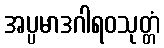
အပ္ပမာဒဂါရဝသုတ္တံ